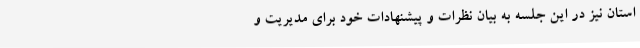
استان نیز در این جلسه به بیان نظرات و پیشنهادات خود برای مدیریت و